38_143685_box7_Incident_Summaries_1-100
Agency: Department of War
Page 174
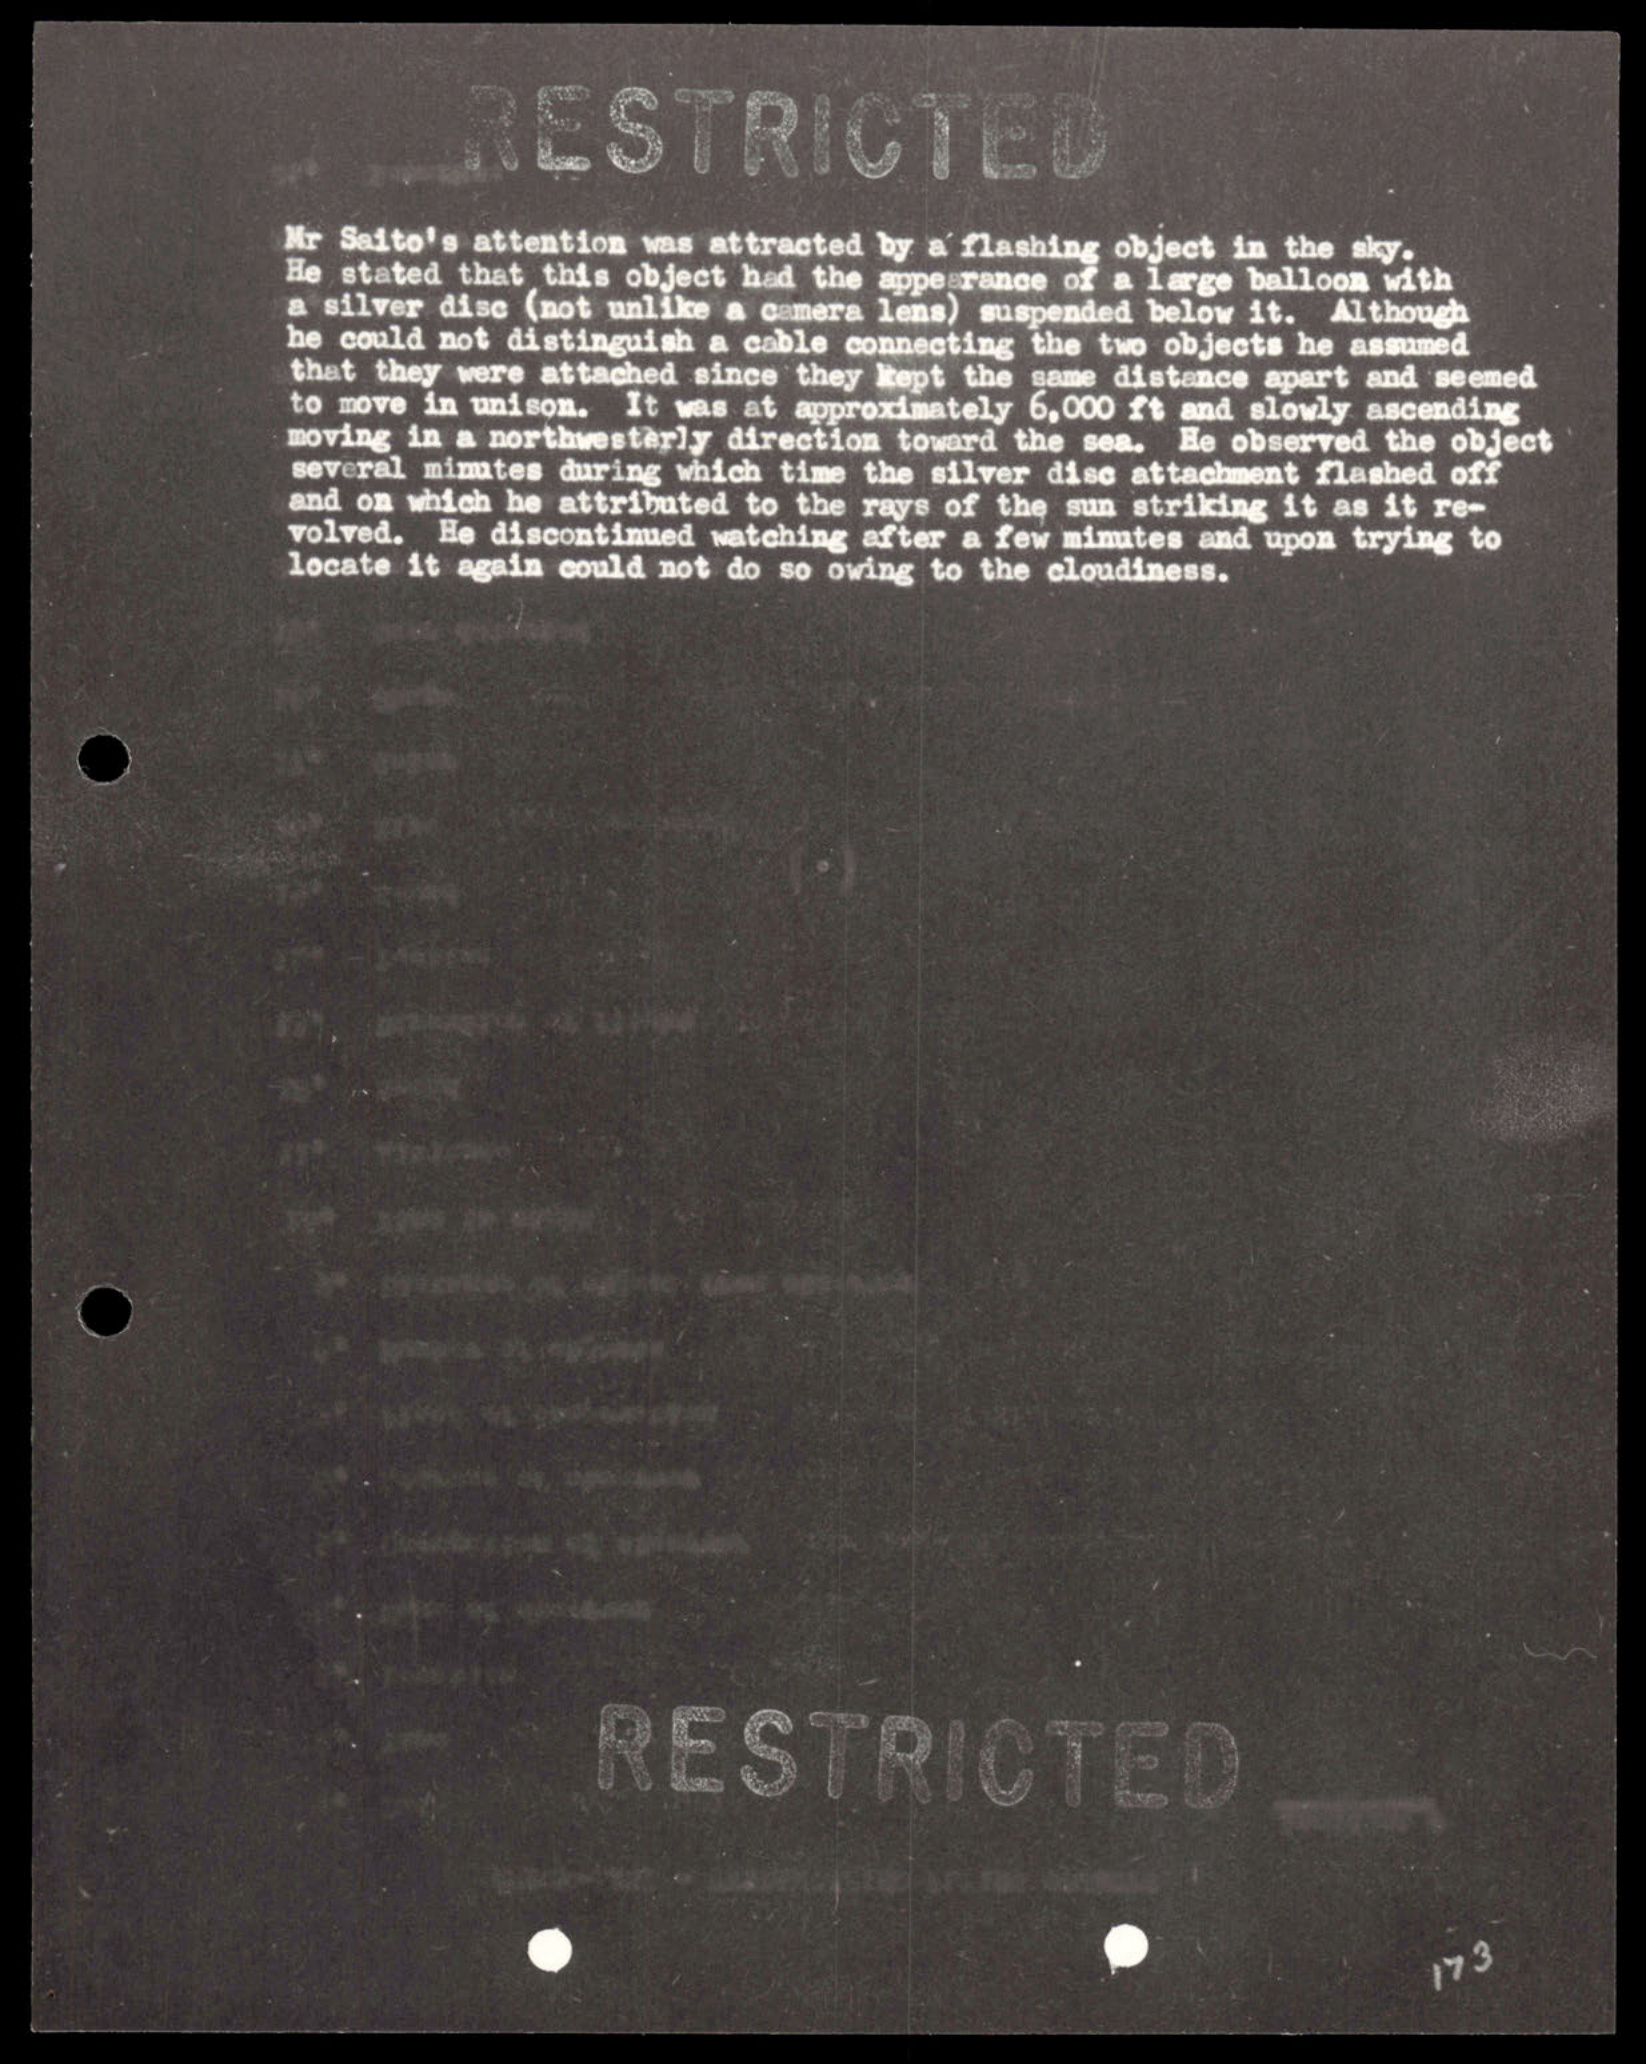